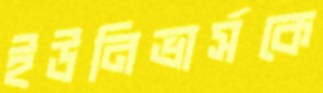
ইউনিভার্সকে